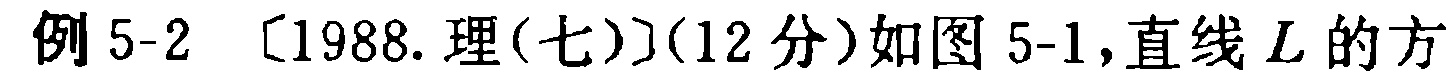
例 5-2 〔1988.理(七)〕(12 分)如图 5-1,直线 \(L\) 的方